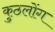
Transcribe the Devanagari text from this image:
कुठलोंग